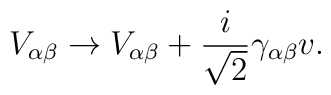
V_{\alpha\beta}\rightarrow V_{\alpha\beta}+\frac{i}{\sqrt{2}}\gamma_{\alpha\beta}v .